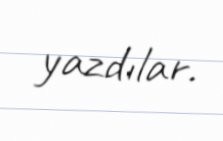
yazdılar.